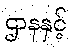
ဌာနနှင့်